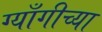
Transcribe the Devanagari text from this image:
ग्याँगीच्या